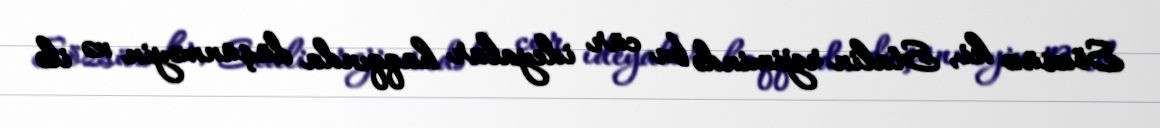
Sözsüz ki, Stalin rejimində bu cür ideyalar haqqında düşünməyin nə ilə